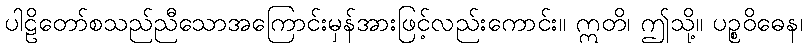
ပါဠိတော်စသည်ညီသောအကြောင်းမှန်အားဖြင့်လည်းကောင်း။ ဣတိ၊ ဤသို့။ ပဉ္စဝိဓေန၊